Lunatic asylums United Prov. 1922-30 - 1922-1930
Year: 1922
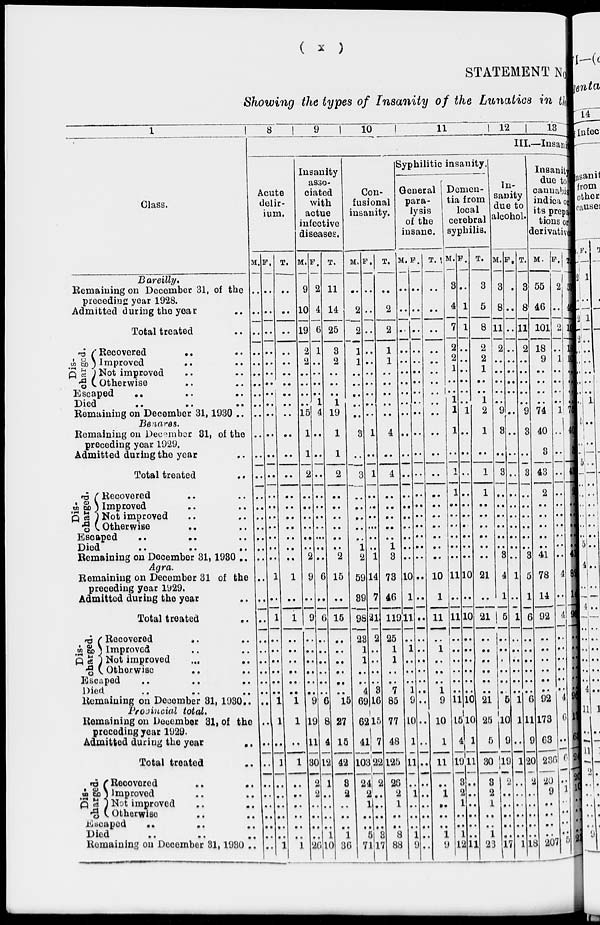
( x )
STATEMENT No.
Showing the types of Insanity of the Lunatics in the
1
Class.
Bareilly.
Remaining on December 31st of the
preceding year 1928.
Admitted during the year ..
Total treated ..
Dis-
charged.
Recovered
..
..
Improved .. ..
Not improved .. ..
Otherwise .. .. ..
Escaped .. .. ..
Died .. .. ..
Remaining on December 31,1930 ..
Benares.
Remaining on December 31, of the
preceding year 1929.
Admitted during the year ..
Total treated ..
Dis-
charged.
Recovered .. ..
Improved .. ..
Not improved .. ..
Otherwise .. ..
Escaped .. .. ..
Died .. .. ..
Remaining on December 31,1930 ..
Agra.
Remaining on December 31 of the
preceding year 1929.
Admitted during the year ..
Total treated ..
Dis-
charged.
Recovered
.. ..
Improved .. ..
Not improved
...
..
Otherwise .. ..
Escaped .. .. ..
Died .. .. ..
Remaining on December 31, 1930 ..
Provincial total.
Remaining on December 31, of the
preceding year 1929.
Admitted during the year
..
Total treated ..
Dis-
charged.
Recovered .. ..
Improved .. ..
Not improved .. ..
Otherwise .. ..
Escaped
..
.. ..
Died .. .. ..
Remaining on December 31,1930 ..
8
9
10
11
12
13
III.—Insanity
Acute
delir-
ium.
M.
..
..
..
..
..
..
..
..
..
..
..
..
..
..
..
..
..
..
..
..
..
..
..
..
..
..
..
..
..
..
..
..
..
..
..
..
..
..
..
..
F.
..
..
..
..
..
..
..
..
..
..
..
..
..
..
..
..
..
..
..
..
1
..
1
..
..
..
..
..
..
1
1
..
1
..
..
..
..
..
..
1
T.
..
..
..
..
..
..
..
..
..
..
..
..
..
..
..
..
..
..
..
..
1
..
1
..
..
..
..
..
..
1
1
..
1
..
..
..
..
..
..
1
Insanity
asso-
ciated
with
actue
infective
diseases.
M.
9
10
19
2
2
..
..
..
..
15
1
1
2
..
..
..
..
..
..
2
9
..
9
..
..
..
..
..
..
9
19
11
30
2
2
..
..
..
..
26
F.
2
4
6
1
..
..
..
..
1
4
..
..
..
..
..
..
..
..
..
..
6
..
6
..
..
..
..
..
..
6
8
4
12
1
..
..
..
..
1
10
T.
11
14
25
3
2
..
..
..
1
19
1
1
2
..
..
..
..
..
..
2
15
..
15
..
..
..
..
..
..
15
27
15
42
3
2
..
..
..
1
36
Con-
fusional
insanity.
M.
..
2
2
1
1
..
..
..
..
..
3
..
3
..
..
..
..
..
1
2
59
39
98
23
1
1
..
..
4
69
62
41
103
24
2
1
..
..
5
71
F.
..
..
..
..
..
..
..
..
..
..
1
..
1
..
..
..
..
..
..
1
14
7
21
2
..
..
..
..
3
16
15
7
22
2
..
..
..
..
3
17
T.
..
2
2
1
1
..
..
..
..
..
4
..
4
..
..
..
..
..
1
3
73
46
119
25
1
1
..
..
7
85
77
48
125
26
2
1
..
..
8
88
Syphilitic insanity.
General
para-
lysis
of the
insane.
M.
..
..
..
..
..
..
..
..
..
..
..
..
..
..
..
..
..
..
..
..
10
1
11
..
1
..
..
..
1
9
10
1
11
..
1
..
..
..
1
..
F.
..
..
..
..
..
..
..
..
..
..
..
..
..
..
..
..
..
..
..
..
..
..
..
..
..
..
..
..
..
..
..
..
..
..
..
..
..
..
..
..
T.
..
..
..
..
..
..
..
..
..
..
..
..
..
..
..
..
..
..
..
..
10
1
11
..
1
..
..
..
1
9
10
1
11
..
1
..
..
..
1
9
Demen-
tia from
local
cerebral
syphilis.
M.
3
4
7
2
2
1
..
..
1
1
1
..
1
1
..
..
..
..
..
..
11
..
11
..
..
..
..
..
..
11
15
4
19
3
2
1
..
..
1
12
F.
..
1
1
..
..
..
..
..
..
1
..
..
..
..
..
..
..
..
..
..
10
..
10
..
..
..
..
..
..
10
10
1
11
..
..
..
..
..
..
11
T.
3
5
8
2
2
1
..
..
1
2
1
..
1
1
..
..
..
..
..
..
21
..
21
..
..
..
..
..
..
21
25
5
30
3
2
1
..
..
1
23
In-
sanity
due to
alcohol.
M.
3
8
11
2
..
..
..
..
..
9
3
..
3
..
..
..
..
..
..
3
4
1
5
..
..
..
..
..
..
5
10
9
19
2
..
..
..
..
..
17
F.
..
..
..
..
..
..
..
..
..
..
..
..
..
..
..
..
..
..
..
..
1
..
1
..
..
..
..
..
..
1
1
..
1
..
..
..
..
..
..
1
T.
3
8
11
2
..
..
..
..
..
9
3
..
3
..
..
..
..
..
..
3
5
1
6
..
..
..
..
..
..
6
11
9
20
2
..
..
..
..
..
18
Insanity
due to
cannabis
indica or
its prepa-
tions or
derivatives
M.
55
46
101
18
9
..
..
..
..
74
40
3
43
2
..
..
..
..
..
41
78
14
92
..
..
..
..
..
..
92
173
63
236
20
9
..
..
..
..
207
F.
2
..
2
..
1
..
..
..
..
1
..
..
..
..
..
..
..
..
..
..
4
..
4
..
..
..
..
..
..
4
6
..
6
..
1
..
..
..
..
5
T.
57
46
103
18
10
..
..
..
..
75
40
3
43
2
..
..
..
..
..
41
82
14
96
..
..
..
..
..
..
96
179
63
242
20
10
..
..
..
..
212